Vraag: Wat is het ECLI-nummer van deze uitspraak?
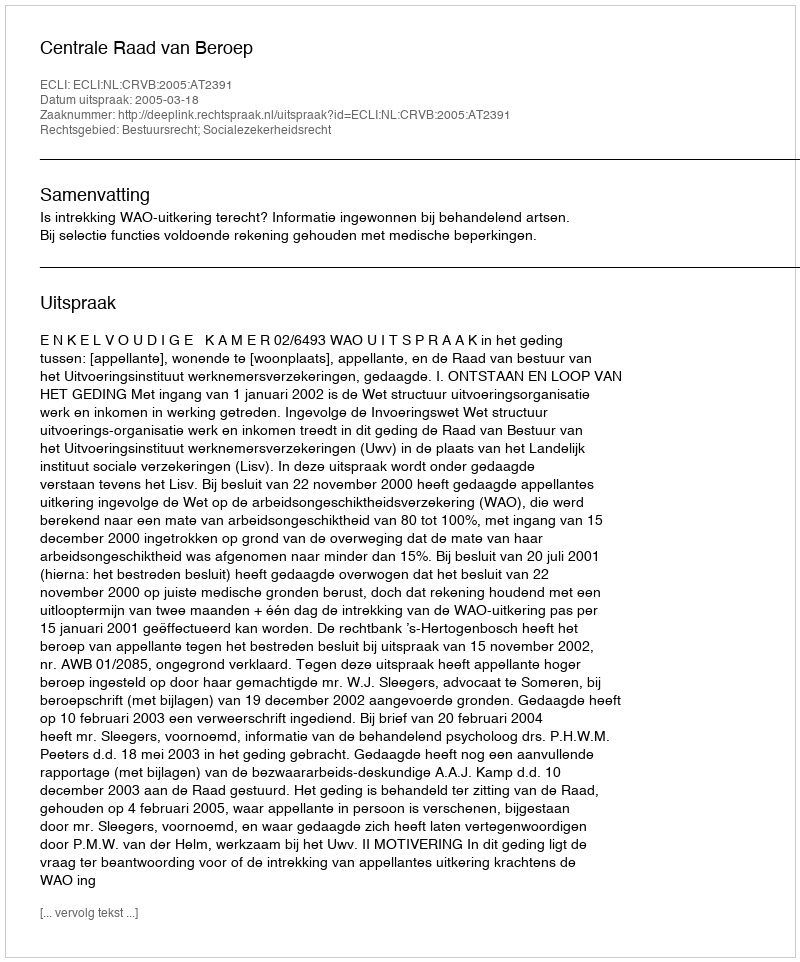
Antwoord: ECLI:NL:CRVB:2005:AT2391